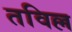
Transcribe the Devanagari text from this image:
तविल्ल